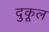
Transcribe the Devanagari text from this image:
दुकूल